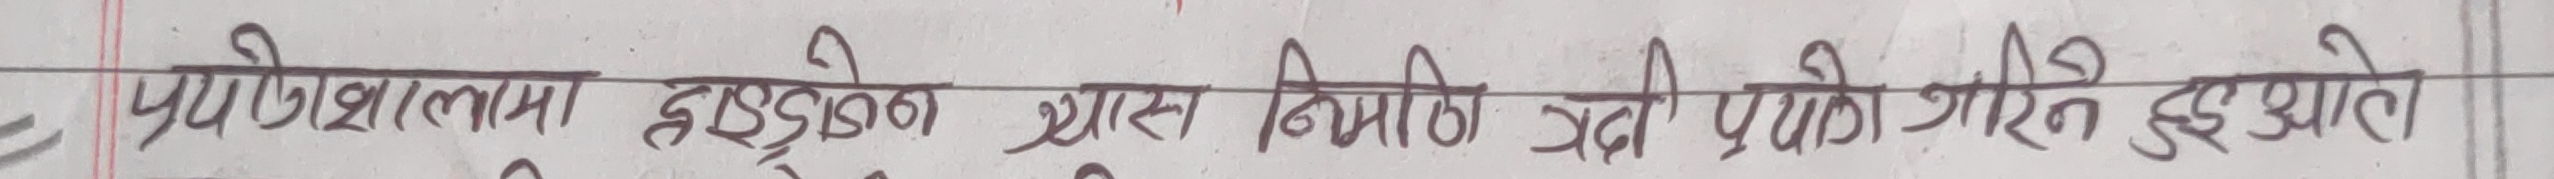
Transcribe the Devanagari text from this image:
प्रयोगशालामा हाइड्रोजन ग्यास निर्माणको निम्ति चाहिने ग्याँस कसरी गरिन्छ?